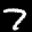
Label: 7